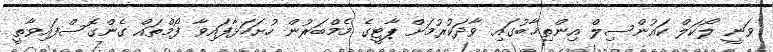
ވަނީ ލޯކަލް ކައުންސިލް އިންތިޚާބުގައި ވާދަކުރުމަށް ޕާޓީގެ މެމްބަރުން ހުށަހަޅާފައިވާ ފޯމްތައް ގެންގޮސްފައިވާތީ